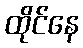
ထိုင်နေ